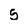
Character: 5